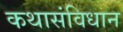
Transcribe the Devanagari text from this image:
कथासंविधान